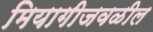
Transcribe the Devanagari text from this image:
मियागीजवळील